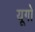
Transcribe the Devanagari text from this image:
यूगो